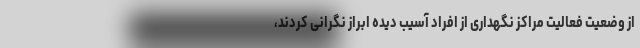
از وضعیت فعالیت مراکز نگهداری از افراد آسیب دیده ابراز نگرانی کردند،